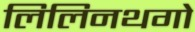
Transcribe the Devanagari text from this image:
लिलिनथगो